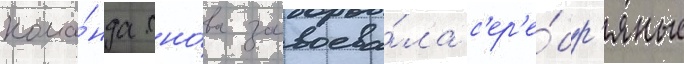
кома́нда сно́ва завоева́ла с'ер'е́бр'яные